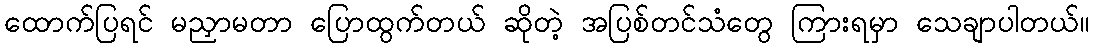
ထောက်ပြရင် မညှာမတာ ပြောထွက်တယ် ဆိုတဲ့ အပြစ်တင်သံတွေ ကြားရမှာ သေချာပါတယ်။